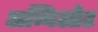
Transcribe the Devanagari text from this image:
अम्निओट